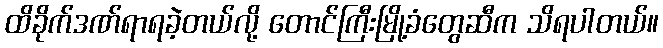
ထိခိုက်ဒဏ်ရာရခဲ့တယ်လို့ တောင်ကြီးမြို့ခံတွေဆီက သိရပါတယ်။